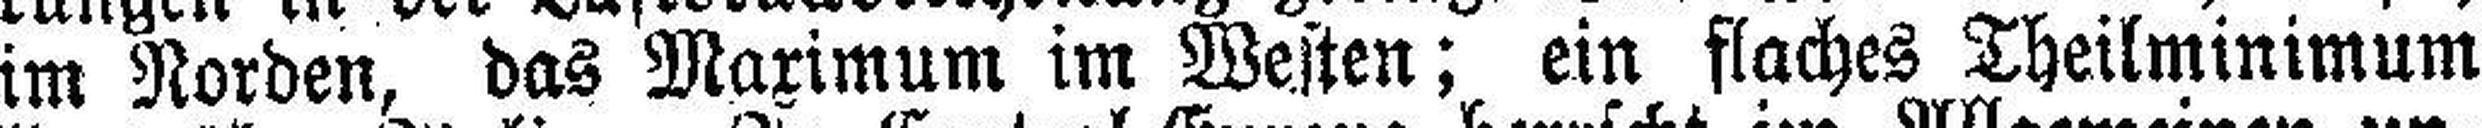
im Norden, das Maximum im Westen; ein flaches Theilminimum